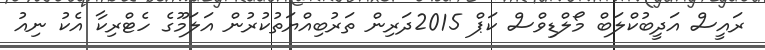
ރައީސް އަދީބުކްލަބް މޯލްޑިވްސް ކަޕް 2015ދަރިން ތަރުބިއްޔަތުކުރުން އަލަމޫގެ ހެޓްރިކާ އެކު ނިއު